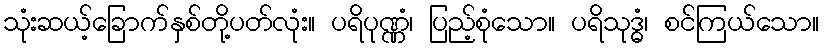
သုံးဆယ့်ခြောက်နှစ်တို့ပတ်လုံး။ ပရိပုဏ္ဏံ၊ ပြည့်စုံသော။ ပရိသုဒ္ဓံ၊ စင်ကြယ်သော။